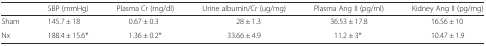
<table><thead><tr><td></td><td><b>SBP (mmHg)</b></td><td><b>Plasma Cr (mg/dl)</b></td><td><b>Urine albumin/Cr (ug/mg)</b></td><td><b>Plasma Ang II (pg/ml)</b></td><td><b>Kidney Ang II (pg/mg)</b></td></tr></thead><tbody><tr><td>Sham</td><td>145.7 ± 18</td><td>0.67 ± 0.3</td><td>28 ± 1.3</td><td>36.53 ± 17.8</td><td>16.56 ± 10</td></tr><tr><td>Nx</td><td>188.4 ± 15.6*</td><td>1.36 ± 0.2*</td><td>33.66 ± 4.9</td><td>11.2 ± 3*</td><td>10.47 ± 1.9</td></tr></tbody></table>